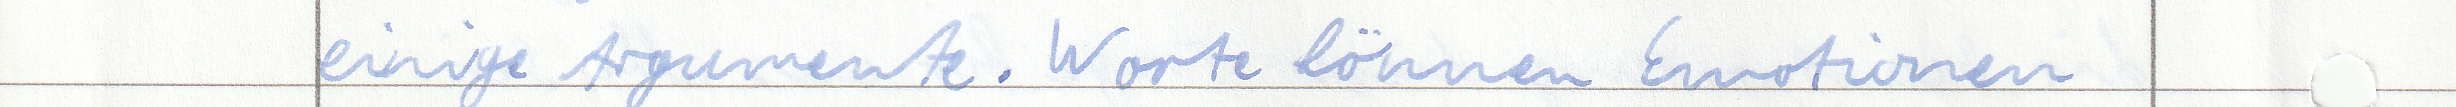
einige Argumente. Worte können Emotionen